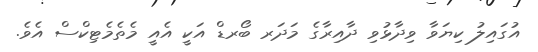
އުގައިލު ކިޔަވާ ވިދާޅުވި ދާއިރާގެ މަދަރ ބޯރޑް އަކީ އެއީ މެތެމެޓިކްސް އެވެ.